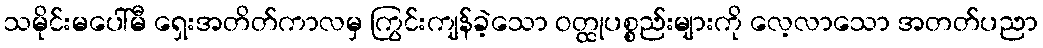
သမိုင်းမပေါ်မီ ရှေးအတိတ်ကာလမှ ကြွင်းကျန်ခဲ့သော ဝတ္ထုပစ္စည်းများကို လေ့လာသော အတတ်ပညာ